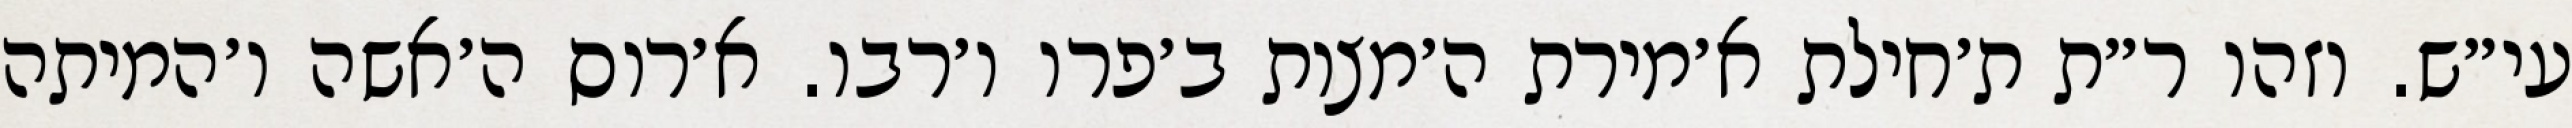
עי״ש. וזהו ר״ת ת׳חילת א׳מירת ה׳מצות ב׳פרו ו׳רבו. א׳רוס ה׳אשה ו׳המיתה